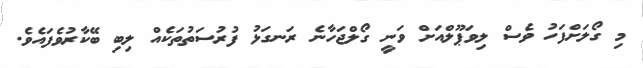
މި ގޯލަށްފަހު ވެސް ލިވަޕޫލްއަށް ވަނީ ގޯލްޖަހާނެ ރަނގަޅު ފުރުސަތުތަކެއް ލިބި ބޭކާރުވެފައެވެ.